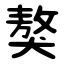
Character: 獒